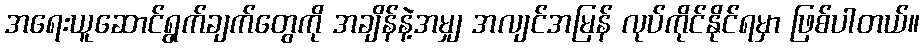
အရေးယူဆောင်ရွက်ချက်တွေကို အချိန်နဲ့အမျှ အလျင်အမြန် လုပ်ကိုင်နိုင်ရမှာ ဖြစ်ပါတယ်။